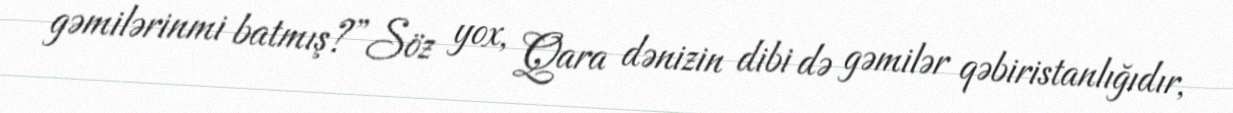
gəmilərinmi batmış?”Söz yox, Qara dənizin dibi də gəmilər qəbiristanlığıdır,